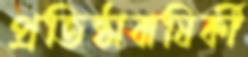
প্রতিষ্ঠাবাষির্কী